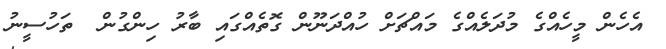
އެހެން މީހެއްގެ މުދަލެއްގެ މައްޗަށް ހުއްދަނޫން ގޮތެއްގައި ބާރު ހިންގުން  ތަހުސީނު